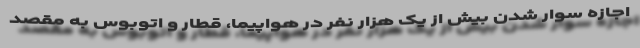
اجازه سوار شدن بیش از یک هزار نفر در هواپیما، قطار و اتوبوس به مقصد